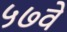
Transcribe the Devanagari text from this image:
५७वें